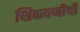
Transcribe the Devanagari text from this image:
शिकवणीची